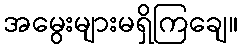
အမွေးများမရှိကြချေ။